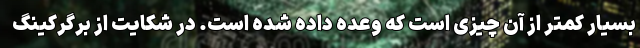
بسیار کمتر از آن چیزی است که وعده داده شده است. در شکایت از برگرکینگ